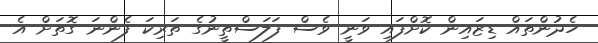
ހެދުންތައް ޑިޒައިން ކޮށްފައި ވަނީ ވެސް ފަލަސްތީނުގެ ތަރިކަ ފެންނަ ގޮތަށް އެ